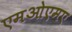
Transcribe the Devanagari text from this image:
एमओएमए